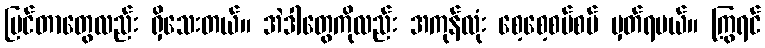
ပြင်တာတွေလည်း ရှိသေးတယ်။ အဲဒါတွေကိုလည်း အကုန်လုံး စေ့စေ့စပ်စပ် မှတ်ရမယ်။ ကြွရင်